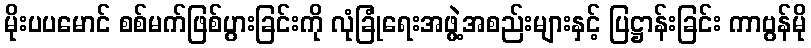
မိုးပပမောင် စစ်မက်ဖြစ်ပွားခြင်းကို လုံခြုံရေးအဖွဲ့အစည်းများနှင့် ပြဋ္ဌာန်းခြင်း ကာဗွန်မို